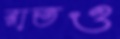
রাতও